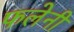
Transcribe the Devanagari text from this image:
फलेनी